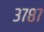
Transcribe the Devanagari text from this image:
३७८७